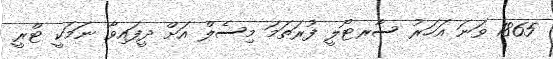
1865 ވަނަ އަހަރު ސާރޓޯލީ ފުރަތަމަ މިސެލް އަށް ދީފައިވާ ނަމަކީ ޓްރީ